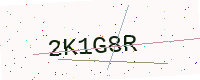
Text: 2K1G8R